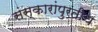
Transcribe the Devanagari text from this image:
संस्कारांपुरतीच